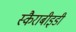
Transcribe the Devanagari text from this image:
स्कैराबीइडी